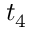
t _ { 4 }